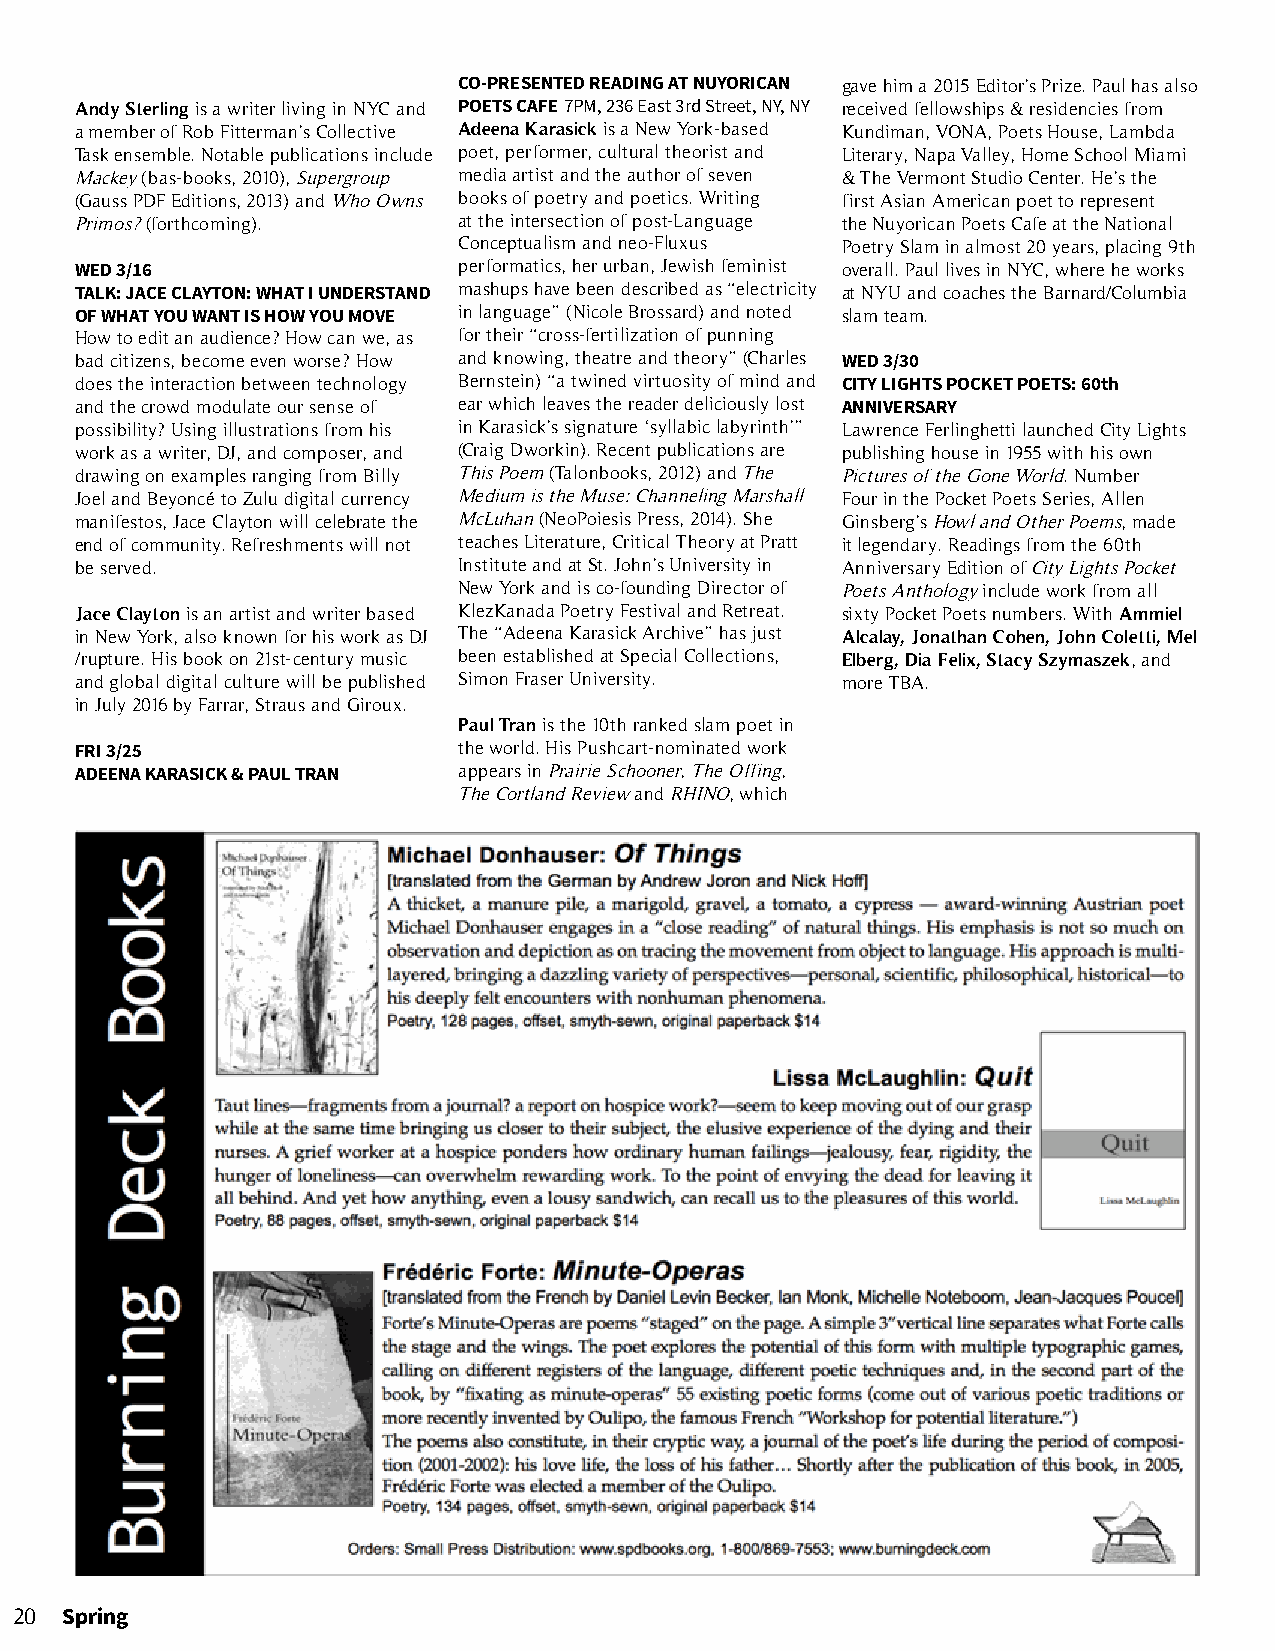
CO-PRESENTED READING AT NUYORICAN gave him a 2015 Editor’s Prize. Paul has also
 Andy Sterling is a writer living in NYC and POETS CAFE 7PM, 236 East 3rd Street, NY, NY received fellowships & residencies from
 a member of Rob Fitterman’s Collective Adeena Karasick is a New York-based Kundiman, VONA, Poets House, Lambda
 Task ensemble. Notable publications include poet, performer, cultural theorist and Literary, Napa Valley, Home School Miami
 Mackey (bas-books, 2010), Supergroup media artist and the author of seven & The Vermont Studio Center. He’s the
 (Gauss PDF Editions, 2013) and Who Owns books of poetry and poetics. Writing first Asian American poet to represent
 Primos? (forthcoming).   at the intersection of post-Language the Nuyorican Poets Cafe at the National
 Conceptualism and neo-Fluxus Poetry Slam in almost 20 years, placing 9th
 WED 3/16                 performatics, her urban, Jewish feminist overall. Paul lives in NYC, where he works
 TALK: JACE CLAYTON: WHAT I UNDERSTAND mashups have been described as “electricity at NYU and coaches the Barnard/Columbia
 OF WHAT YOU WANT IS HOW YOU MOVE in language” (Nicole Brossard) and noted slam team.
 How to edit an audience? How can we, as for their “cross-fertilization of punning
 bad citizens, become even worse? How and knowing, theatre and theory” (Charles WED 3/30
 does the interaction between technology Bernstein) “a twined virtuosity of mind and CITY LIGHTS POCKET POETS: 60th
 and the crowd modulate our sense of ear which leaves the reader deliciously lost ANNIVERSARY
 possibility? Using illustrations from his in Karasick’s signature ‘syllabic labyrinth’” Lawrence Ferlinghetti launched City Lights
 work as a writer, DJ, and composer, and (Craig Dworkin). Recent publications are publishing house in 1955 with his own
 drawing on examples ranging from Billy This Poem (Talonbooks, 2012) and The Pictures of the Gone World. Number
 Joel and Beyoncé to Zulu digital currency Medium is the Muse: Channeling Marshall Four in the Pocket Poets Series, Allen
 manifestos, Jace Clayton will celebrate the McLuhan (NeoPoiesis Press, 2014). She Ginsberg’s Howl and Other Poems, made
 end of community. Refreshments will not teaches Literature, Critical Theory at Pratt it legendary. Readings from the 60th
 be served.               Institute and at St. John’s University in Anniversary Edition of City Lights Pocket
 New York and is co-founding Director of Poets Anthology include work from all
 Jace Clayton is an artist and writer based KlezKanada Poetry Festival and Retreat. sixty Pocket Poets numbers. With Ammiel
 in New York, also known for his work as DJ The “Adeena Karasick Archive” has just Alcalay, Jonathan Cohen, John Coletti, Mel
 /rupture. His book on 21st-century music been established at Special Collections, Elberg, Dia Felix, Stacy Szymaszek, and
 and global digital culture will be published Simon Fraser University. more TBA.
 in July 2016 by Farrar, Straus and Giroux.
 Paul Tran is the 10th ranked slam poet in
 FRI 3/25                 the world. His Pushcart-nominated work
 ADEENA KARASICK & PAUL TRAN appears in Prairie Schooner, The Offing,
 The Cortland Review and RHINO, which
 20 Spring